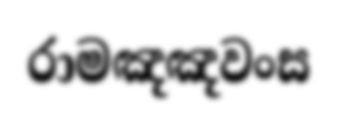
රාමඤඤවංස